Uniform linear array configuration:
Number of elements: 64
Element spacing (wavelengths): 0.25
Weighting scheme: exponential
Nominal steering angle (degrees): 60
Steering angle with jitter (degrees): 59.725
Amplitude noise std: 0.05
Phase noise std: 0.05

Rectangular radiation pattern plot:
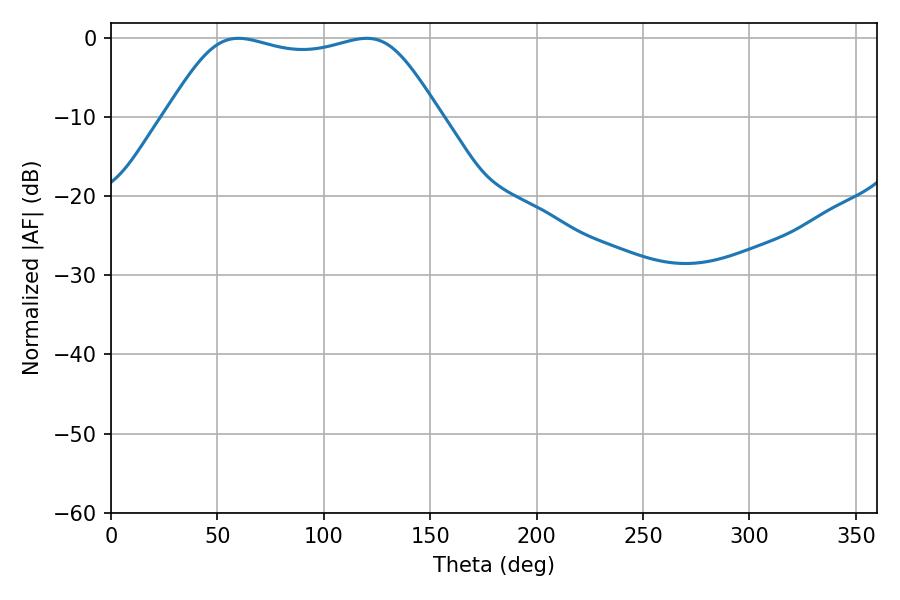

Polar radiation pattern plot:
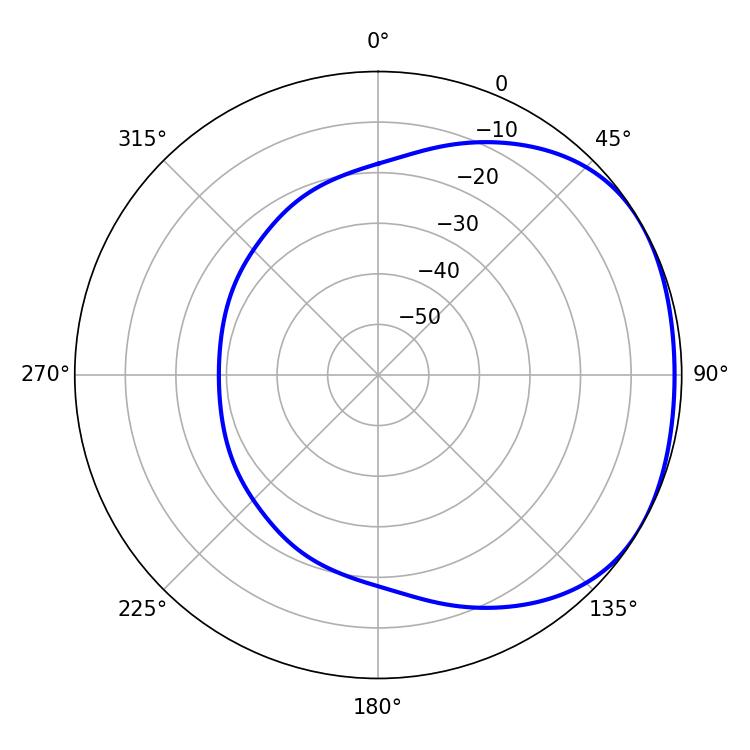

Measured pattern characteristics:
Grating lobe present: FALSE
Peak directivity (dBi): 1.7
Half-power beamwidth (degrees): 97.56
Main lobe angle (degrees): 59.94